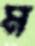
ম